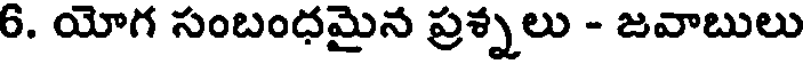
6. యోగ సంబంధమైన ప్రశ్నలు - జవాబులు